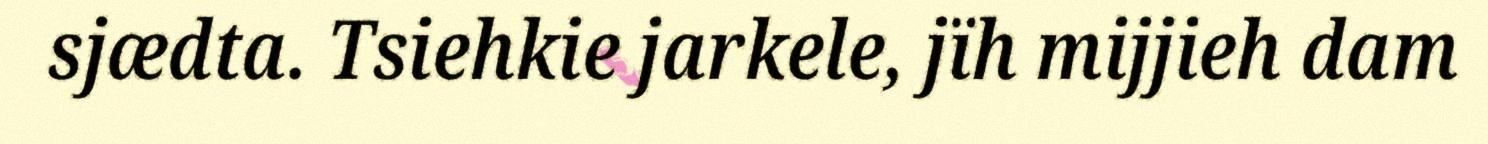
sjædta. Tsiehkie jarkele, jïh mijjieh dam